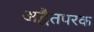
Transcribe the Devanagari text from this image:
अद्वैतपरक